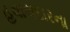
હવાલદારના